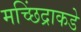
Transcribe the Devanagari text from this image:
मच्छिंद्राकडे